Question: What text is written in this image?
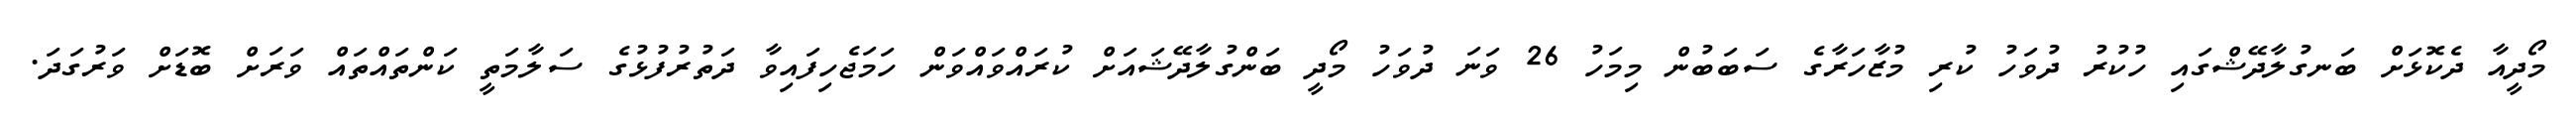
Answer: މޯދީއާ ދެކޮޅަށް ބަނގުލާދޭޝްގައި ހުކުރު ދުވަހު ކުރި މުޒާހަރާގެ ސަބަބުން މިމަހު 26 ވަނަ ދުވަހު މޯދީ ބަންގުލާދޭޝައަށް ކުރައްވައްވަން ހަމަޖެހިފައިވާ ދަތުރުފުޅުގެ ސަލާމަތީ ކަންތައްތައް ވަރަށް ބޮޑަށް ވަރުގަދަ.